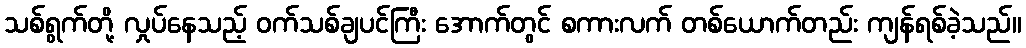
သစ်ရွက်တို့ လှုပ်နေသည့် ဝက်သစ်ချပင်ကြီး အောက်တွင် စကားလက် တစ်ယောက်တည်း ကျန်ရစ်ခဲ့သည်။